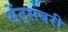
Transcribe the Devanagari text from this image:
सेंट्सबरी